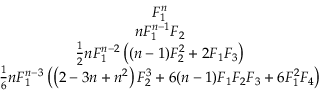
\begin{array} { c } { F _ { 1 } ^ { n } } \\ { n F _ { 1 } ^ { n - 1 } F _ { 2 } } \\ { \frac { 1 } { 2 } n F _ { 1 } ^ { n - 2 } \left( ( n - 1 ) F _ { 2 } ^ { 2 } + 2 F _ { 1 } F _ { 3 } \right) } \\ { \frac { 1 } { 6 } n F _ { 1 } ^ { n - 3 } \left( \left( 2 - 3 n + n ^ { 2 } \right) F _ { 2 } ^ { 3 } + 6 ( n - 1 ) F _ { 1 } F _ { 2 } F _ { 3 } + 6 F _ { 1 } ^ { 2 } F _ { 4 } \right) } \end{array}